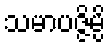
သမာပဇ္ဇိမ္ပိ